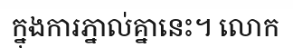
ក្នុងការភ្នាល់គ្នានេះ។ លោក